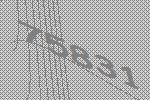
75831